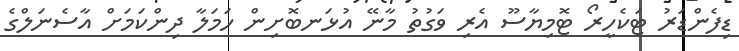
ޑިފެންޑަރު ޓަކެހީރޯ ޓޮމިޔާސޫ އެރި ވަގުތު މާނޭ އުޅަނބޮށިން ހަމަލާ ދިންކަމަށް އާސެނަލްގެ